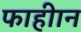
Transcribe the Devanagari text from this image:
फाहीान